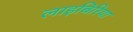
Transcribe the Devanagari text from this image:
लाइबिरिया